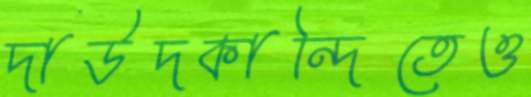
দাউদকান্দিতেও